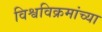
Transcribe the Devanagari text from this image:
विश्वविक्रमांच्या